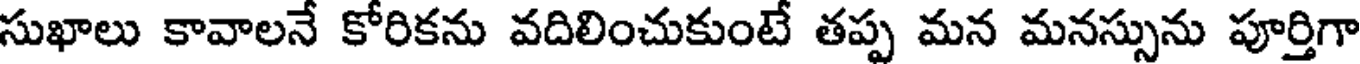
సుఖాలు కావాలనే కోరికను వదిలించుకుంటే తప్ప మన మనస్సును పూర్తిగా